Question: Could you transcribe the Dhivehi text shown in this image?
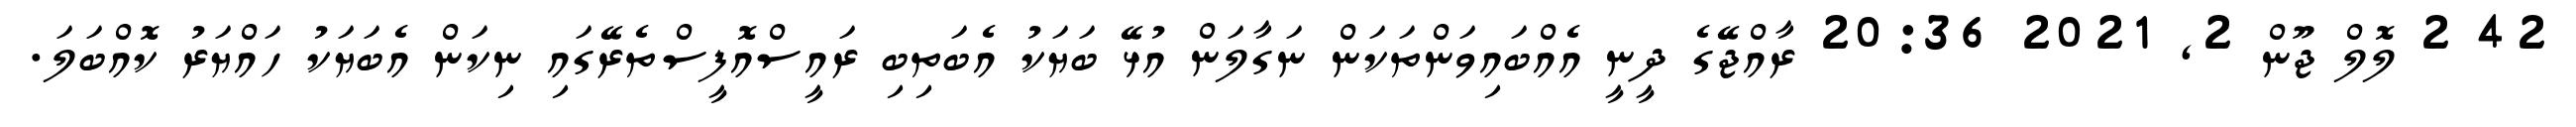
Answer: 42 2 ލޮލް ޖޫން 2, 2021 20:36 ރާއްޖޭގެ ދީނީ އެއްބައިވަންތަކަން ނަގާލަން އުޅޭ ބަޔަކު އެބަތިބި ރައީސްއޮފީސްތެރޭގައި ނިކަން އެބަޔަކު ހައްޔަރު ކޮއްބަލަ.